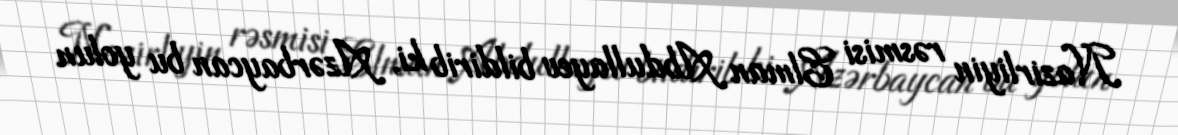
Nazirliyin rəsmisi Elman Abdullayev bildirib ki, Azərbaycan bu yolun